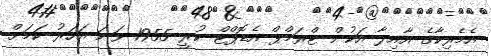
އެމެރިކާގެ އާއިލާ އަކުން ޓްރަމްޕް އެޑޮޕްޓް ކުރީ 1955 ވަނަ އަހަރު ކަމަށް